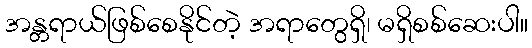
အန္တရာယ်ဖြစ်စေနိုင်တဲ့ အရာတွေရှိ၊ မရှိစစ်ဆေးပါ။